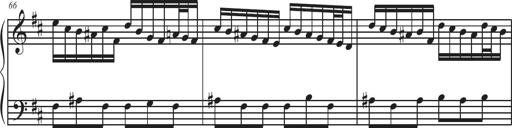
Title: Sonatina Espania
Composer: Jerald Franklin Archer
Key: Various